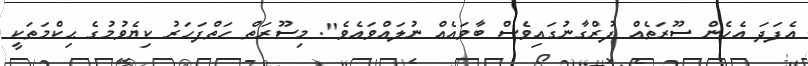
އެފަދަ އެހެން ސޫރަތެއް ފުރްގާނުގައިވެސް ބާވައެއް ނުލައްވައެވެ". މިސޫރަތް ހަތްފަހަރު ކިޔެވުމުގެ ޙިކްމަތަކީ